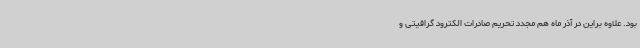
بود. علاوه براین در آذر ماه هم مجدد تحریم صادرات الکترود گرافیتی و